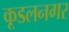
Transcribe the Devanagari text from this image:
कूडलनगर